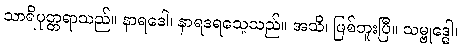
သာရိပုတ္တရာသည်။ နာရဒေါ၊ နာရဒရသေ့သည်။ အသိ၊ ဖြစ်ဘူးပြီ။ သမ္ဗုဒ္ဓေါ၊